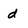
Character: d